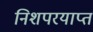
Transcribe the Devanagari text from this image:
निशपरयाप्त